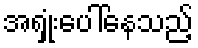
အရှုံးပေါ်နေသည့်